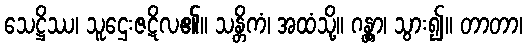
သေဋ္ဌိဿ၊ သူဌေးဇဋိလ၏။ သန္တိကံ၊ အထံသို့။ ဂန္တွာ၊ သွား၍။ တာတာ၊